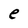
Character: e